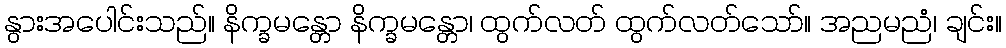
နွားအပေါင်းသည်။ နိက္ခမန္တော နိက္ခမန္တော၊ ထွက်လတ် ထွက်လတ်သော်။ အညမညံ၊ ချင်း။